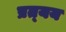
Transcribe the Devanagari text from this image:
प्रत्‍यय